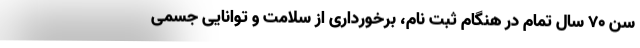
سن ۷۰ سال تمام در هنگام ثبت نام، برخورداری از سلامت و توانایی جسمی